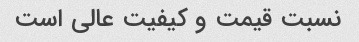
نسبت قیمت و کیفیت عالی است